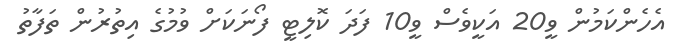
އެހެންކަމުން ވީ20 އަކީވެސް ވީ10 ފަދަ ކޮލިޓީ ފޯނަކަށް ވުމުގެ އިތުރުން ތަފާތު